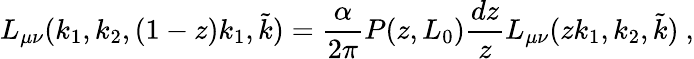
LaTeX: L_{\mu\nu}(k_{1},k_{2},(1-z)k_{1},\tilde{k})=\frac{\alpha}{2\pi}P(z,L_{0})\frac{dz}{z}L_{\mu\nu}(zk_{1},k_{2},\tilde{k})\ ,